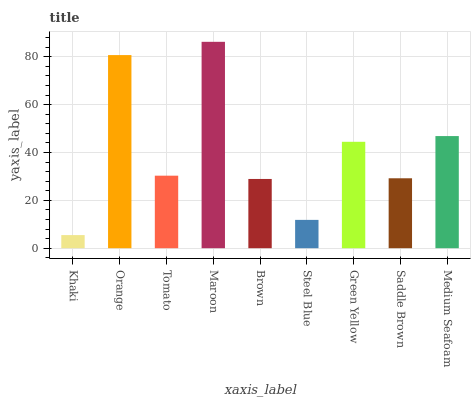
| xaxis_label | bars |
 | --- | --- |
 | Khaki | 5.48 |
 | Orange | 80.7 |
 | Tomato | 30.3 |
 | Maroon | 86.2 |
 | Brown | 28.9 |
 | Steel Blue | 11.8 |
 | Green Yellow | 44.5 |
 | Saddle Brown | 29.2 |
 | Medium Seafoam | 46.9 |